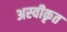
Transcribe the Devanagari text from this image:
अस्‍वीकृत